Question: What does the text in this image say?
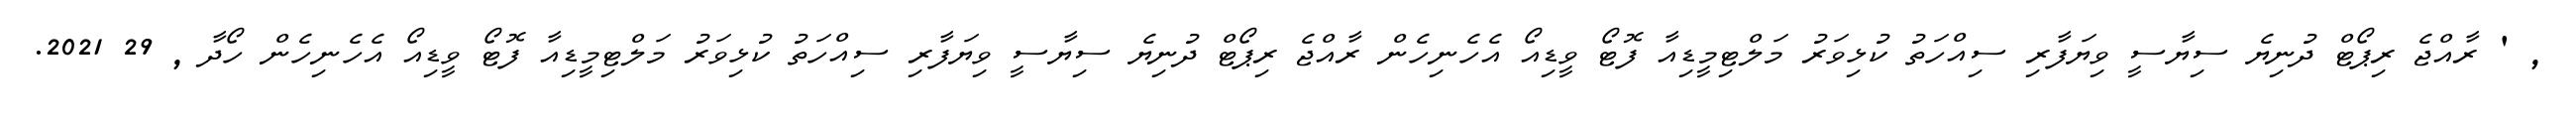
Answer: , ' ރާއްޖެ ރިޕޯޓް ދުނިޔެ ސިޔާސީ ވިޔަފާރި ސިއްހަތު ކުޅިވަރު މަލްޓިމީޑިއާ ފޮޓޯ ވީޑިއޯ އެހެނިހެން ރާއްޖެ ރިޕޯޓް ދުނިޔެ ސިޔާސީ ވިޔަފާރި ސިއްހަތު ކުޅިވަރު މަލްޓިމީޑިއާ ފޮޓޯ ވީޑިއޯ އެހެނިހެން ހޯދާ , 29 2021.